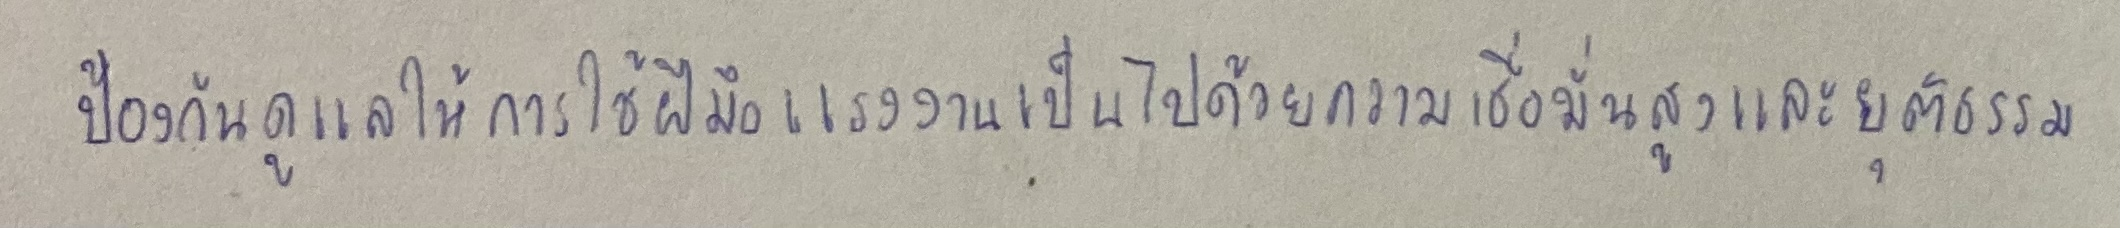
ป้องกันดูแลให้การใช้ฝีมือแรงงานเป็นไปด้วยความเชื่อมั่นสูงและยุติธรรม